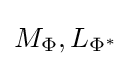
M_{\Phi },L_{\Phi ^{*}}